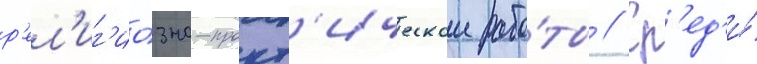
р'ел'иг'ио́зно-практ'ическои рабо́ты // Ср'ед'и́